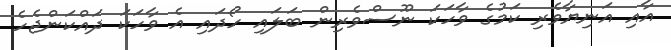
އާއި އަނިޔާވެރި ކަމުގެ ވާހަކަ ނޫސްވެރިން ބަލައި ހޯދައި އެ ވާހަކަ ދައްކަންޖެހެ